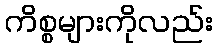
ကိစ္စများကိုလည်း